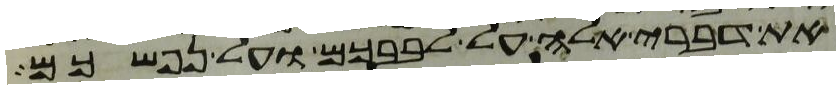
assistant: את דברי אלה על לבבכם ועל נפשכם